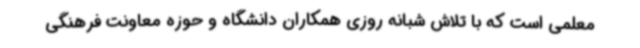
معلمی است که با تلاش شبانه روزی همکاران دانشگاه و حوزه معاونت فرهنگی